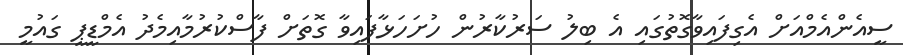
ސީއެންއެމްއަށް އެގިފައިވާގޮތުގައި އެ ބިލު ސަރުކާރުން ހުށަހަޅާފައިވާ ގޮތަށް ފާސްކުރުމާއިމެދު އެމްޑީޕީ ގައުމީ